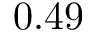
0 . 4 9